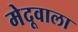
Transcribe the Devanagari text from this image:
मेदूवाला